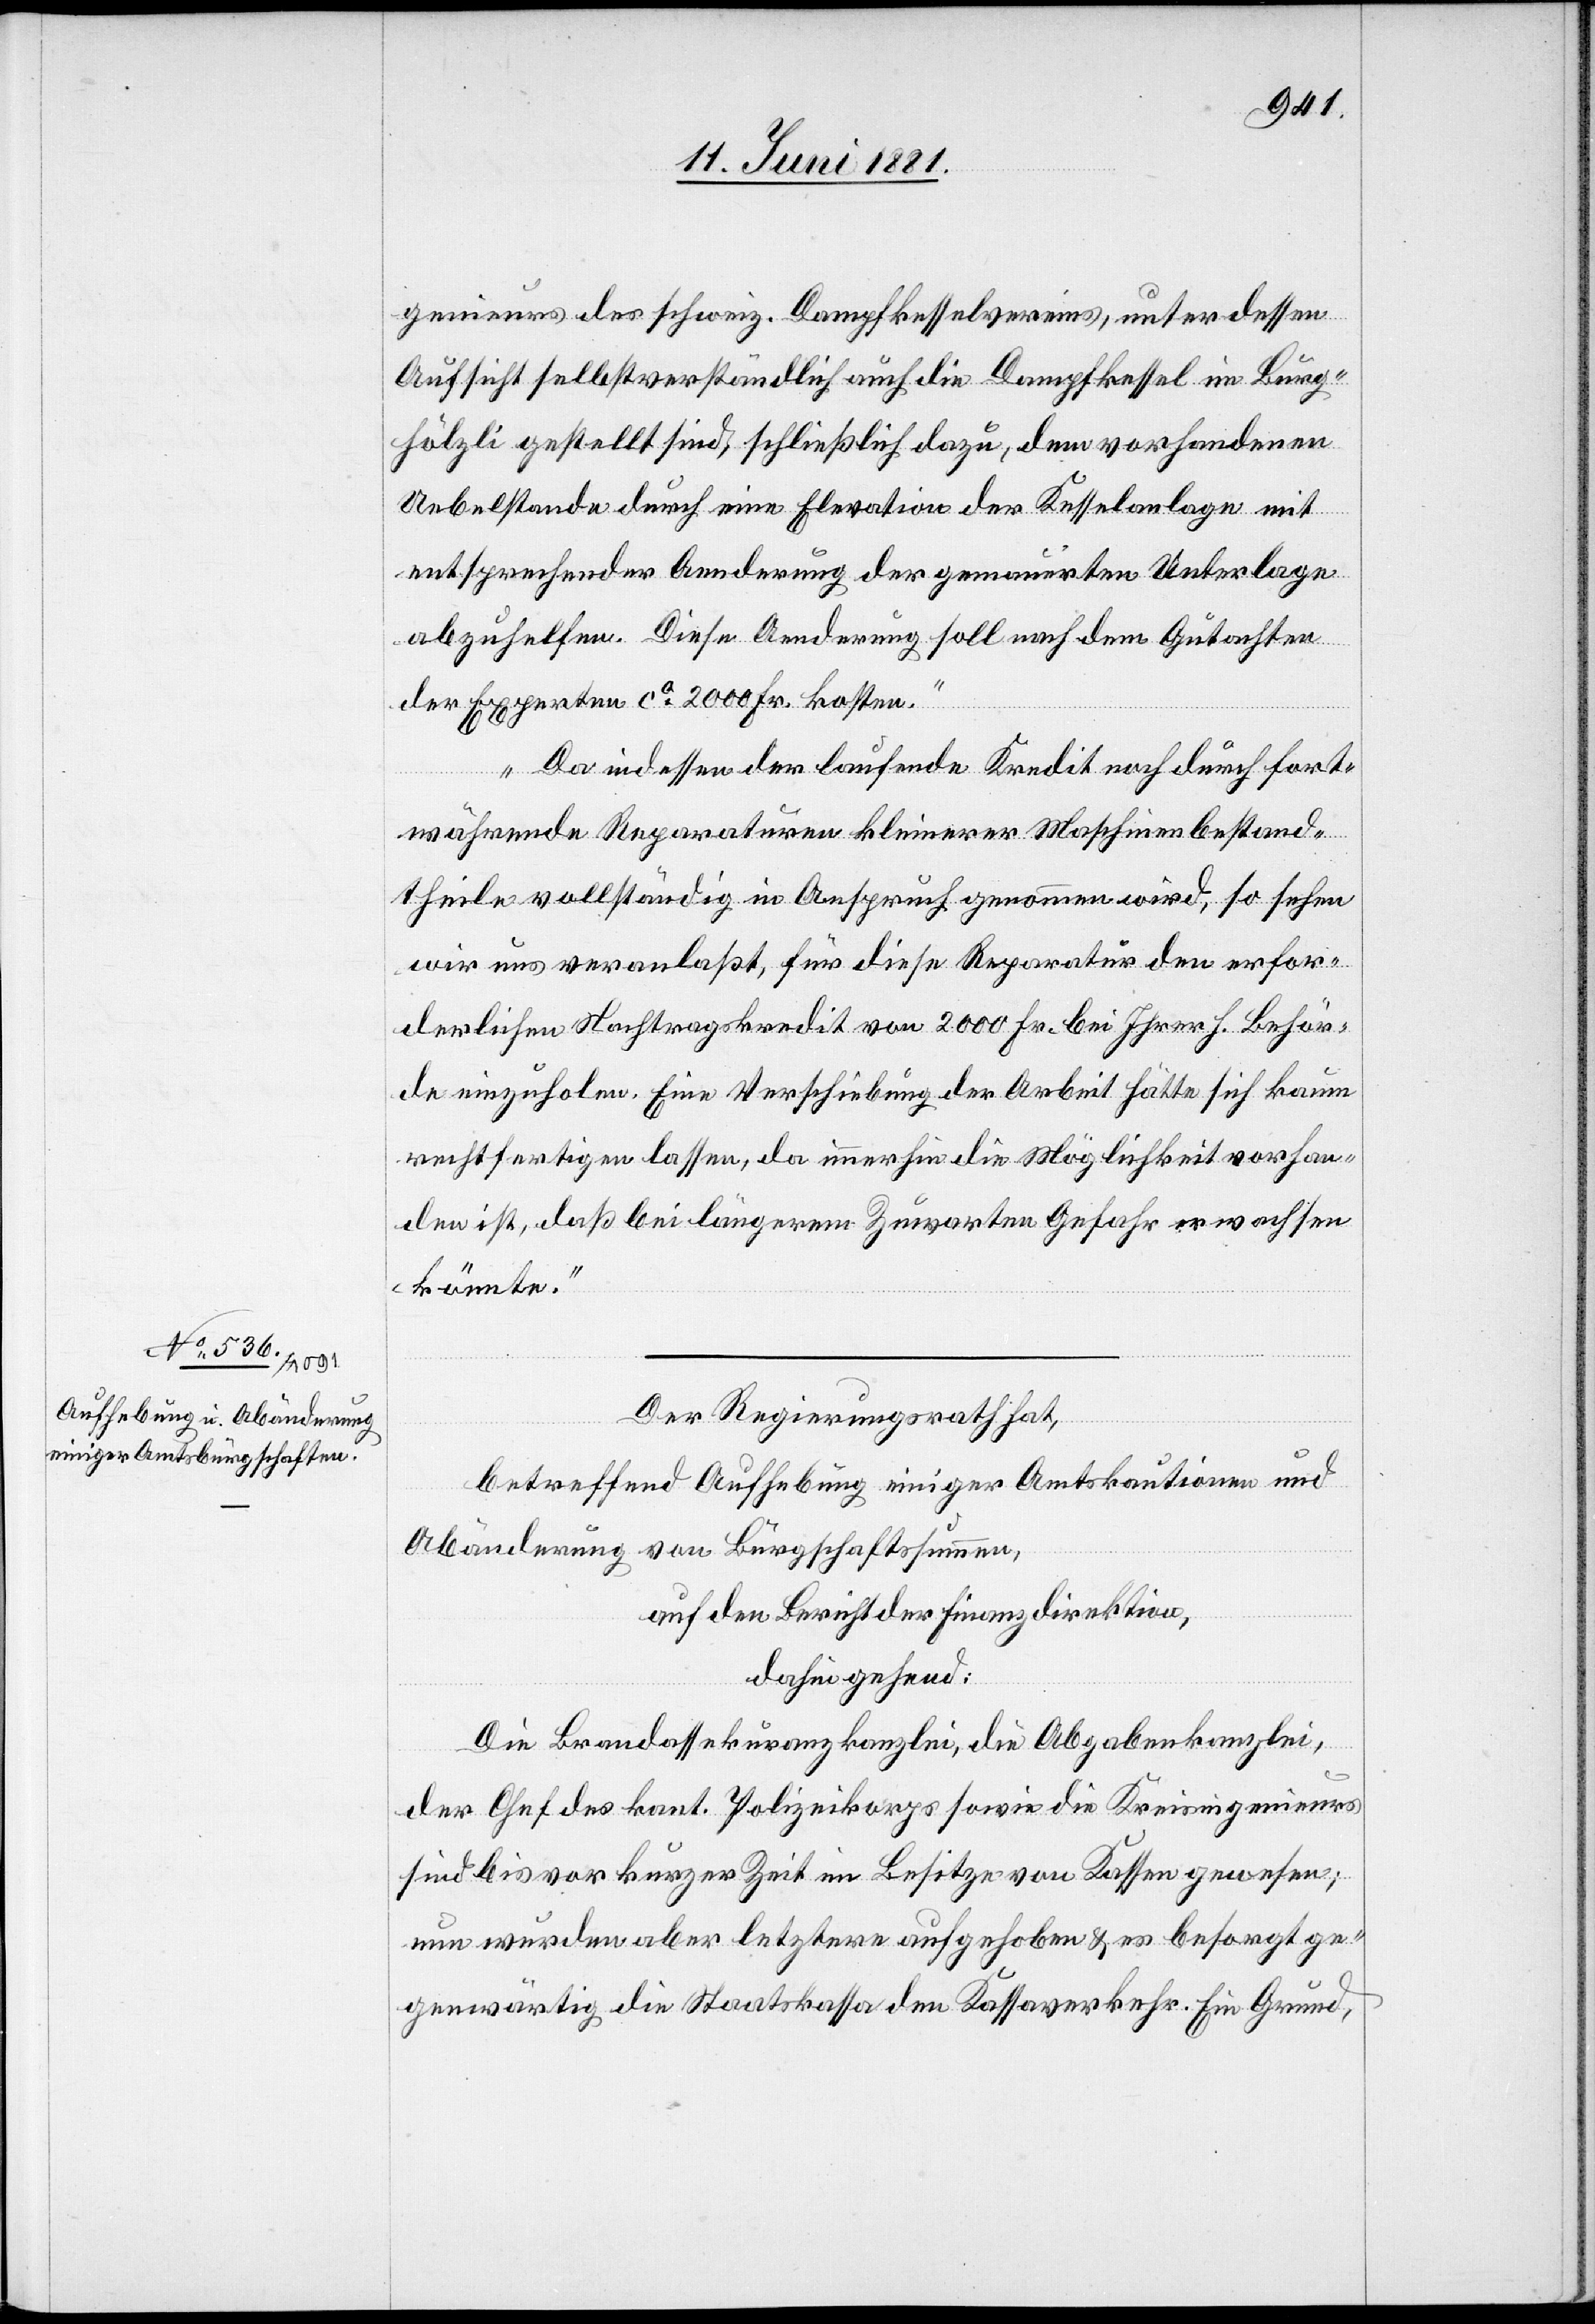
genieurs des schweiz. Dampfkesselvereins, unter dessen
Aufsicht selbstverständlich auch die Dampfkessel im Burg¬
hölzli gestellt sind, schließlich dazu, dem vorhandenen
Uebelstande durch eine Elevation der Kesselanlage mit
entsprechender Aenderung der gemauerten Unterlage
abzuhelfen. Diese Aenderung soll nach dem Gutachten
der Experten ca 2000 Fr. kosten.
Da indessen der laufende Kredit noch durch fort¬
währende Reparaturen kleinerer Maschinenbestand¬
theile vollständig in Anspruch genommen wird, so sehen
wir uns veranlaßt, für diese Reparatur den erfor¬
derlichen Nachtragskredit von 2000 Fr. bei Ihrer h. Behör¬
de einzuholen. Eine Verschiebung der Arbeit hätte sich kaum
rechtfertigen lassen, da neuerhin die Möglichkeit vorhan¬
den ist, daß bei längerem Zuwarten Gefahr erwachsen
könnte.“
Der Regierungsrath hat,
betreffend Aufhebung einiger Amtskautionen und
Abänderung von Bürgschaftssummen,
auf den Bericht der Finanzdirektion,
dahingehend:
Die Brandassekuranzkanzlei, die Abgabenkanzlei,
der Chef des kant. Polizeikorps sowie die Kreisingenieurs
sind bis vor kurzer Zeit im Besitze von Kassen gewesen;
nun wurden aber letztere aufgehoben & es besorgt ge¬
genwärtig die Staatskassa den Kassaverkehr. Ein Grund,